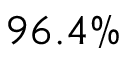
9 6 . 4 \%